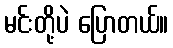
မင်းတို့ပဲ ပြောတယ်။